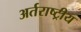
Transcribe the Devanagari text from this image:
अर्तराष्ट्रीय